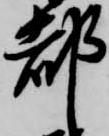
都